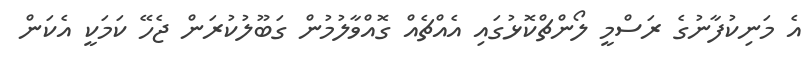
އެ މަނިކުފާނުގެ ރަސްމީ ލޯންޗްކޮޅުގައި އެއްޗެއް ގޮއްވާލުމުން ގަބޫލުކުރަން ޖެހޭ ކަމަކީ އެކަން